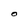
Character: O